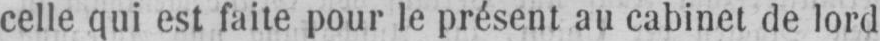
celle qui est faite pour le présent au cabinet de lord